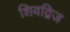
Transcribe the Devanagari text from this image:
शिवद्विज